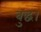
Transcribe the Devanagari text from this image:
बुद्ध।